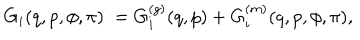
LaTeX: G _ { i } ( q , p , \phi , \pi ) : = G _ { i } ^ { ( g ) } ( q , p ) + G _ { i } ^ { ( m ) } ( q , p , \phi , \pi ) ,